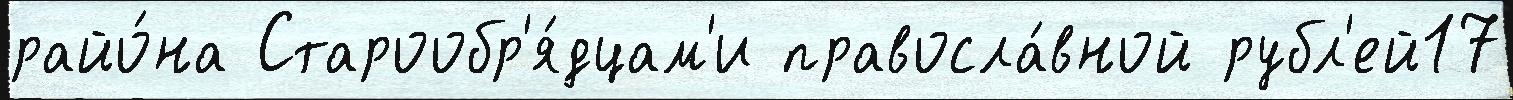
райо́на Старообр'я́дцам'и правосла́вной рубл'ей17